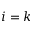
i = k